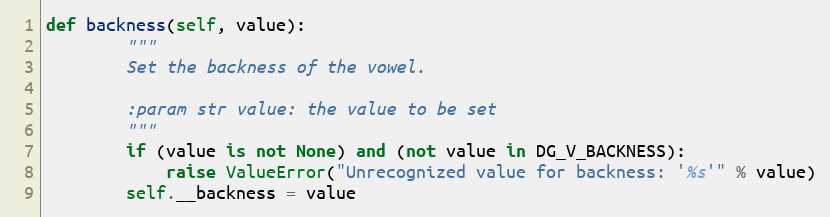
Language: Python
def backness(self, value):
        """
        Set the backness of the vowel.

        :param str value: the value to be set
        """
        if (value is not None) and (not value in DG_V_BACKNESS):
            raise ValueError("Unrecognized value for backness: '%s'" % value)
        self.__backness = value